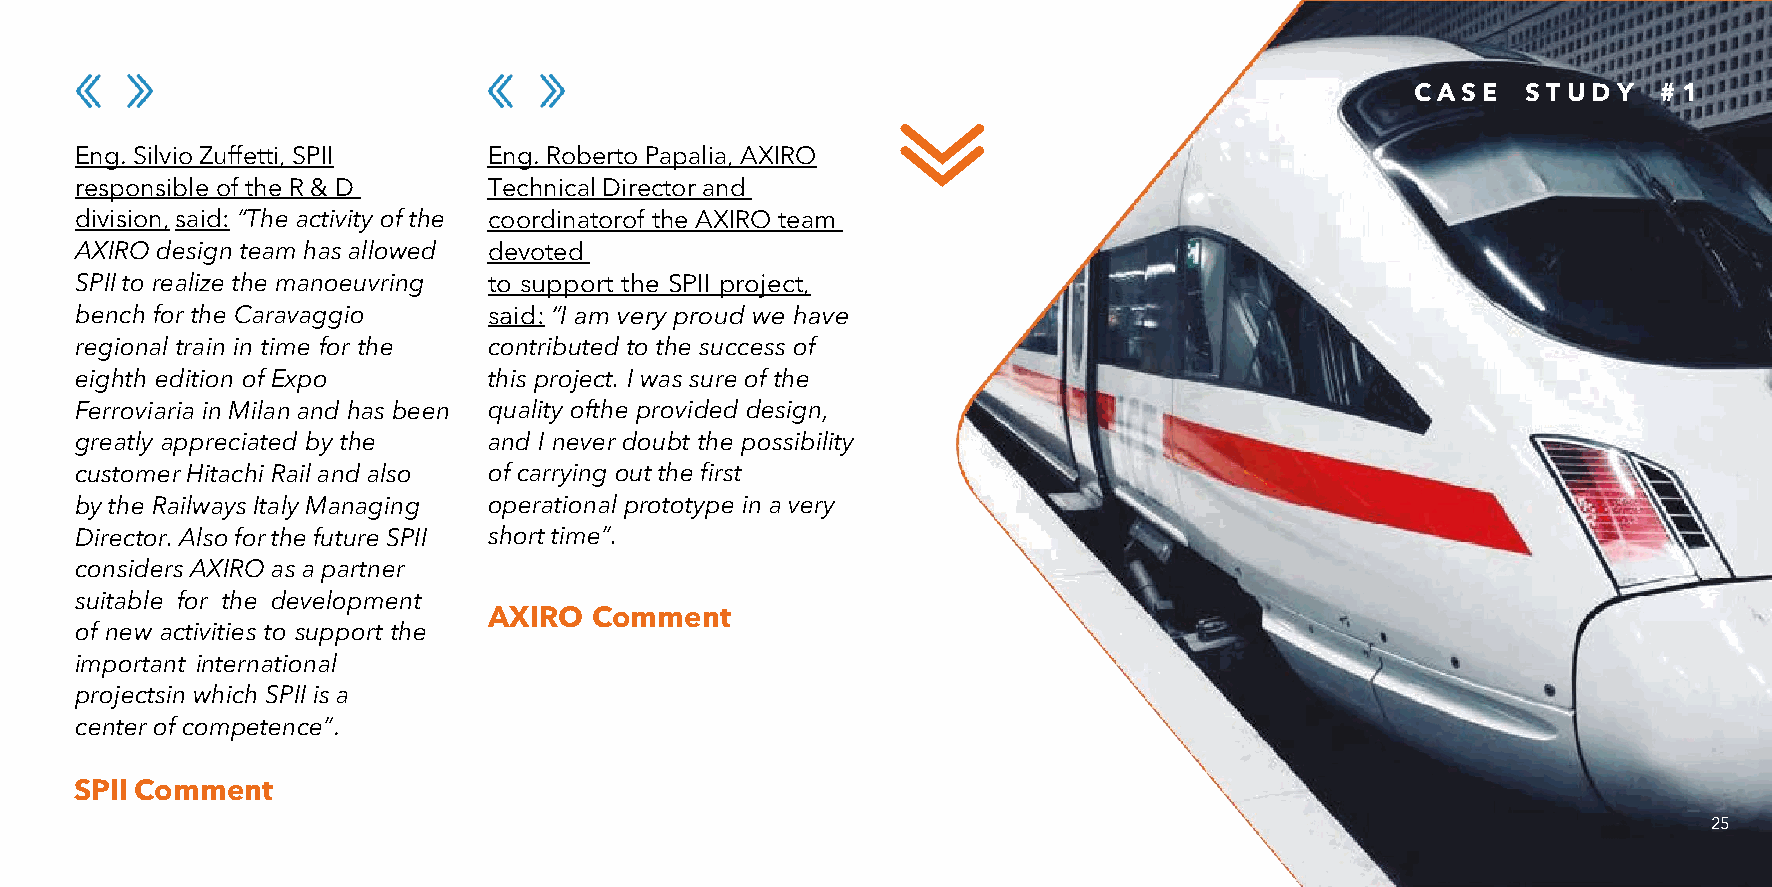
C A S E S T U D Y # 1
 Eng. Silvio Zuffetti, SPII Eng. Roberto Papalia, AXIRO
 responsible of the R & D   Technical Director and
 division, said: “The activity of the coordinator of the AXIRO team
 AXIRO design team has allowed devoted
 SPII to realize the manoeuvring to support the SPII project,
 bench for the Caravaggio   said: “I am very proud we have
 regional train in time for the contributed to the success of
 eighth edition of Expo     this project. I was sure of the
 Ferroviaria in Milan and has been quality of the provided design,
 greatly appreciated by the and I never doubt the possibility
 customer Hitachi Rail and also of carrying out the first
 by the Railways Italy Managing operational prototype in a very
 Director. Also for the future SPII short time”.
 considers AXIRO as a partner
 suitable for the development
 AXIRO  Comment
 of new activities to support the
 important international
 projects in which SPII is a
 center of competence”.
 SPII Comment
 25